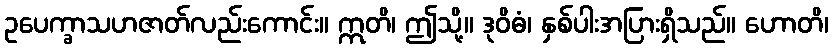
ဥပေက္ခာသဟဇာတ်လည်းကောင်း။ ဣတိ၊ ဤသို့။ ဒုဝိဓံ၊ နှစ်ပါးအပြားရှိသည်။ ဟောတိ၊